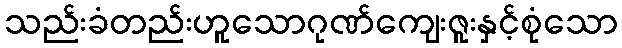
သည်းခံတည်းဟူသောဂုဏ်ကျေးဇူးနှင့်စုံသော